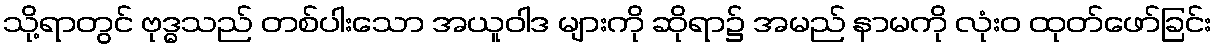
သို့ရာတွင် ဗုဒ္ဓသည် တစ်ပါးသော အယူဝါဒ များကို ဆိုရာ၌ အမည် နာမကို လုံးဝ ထုတ်ဖော်ခြင်း